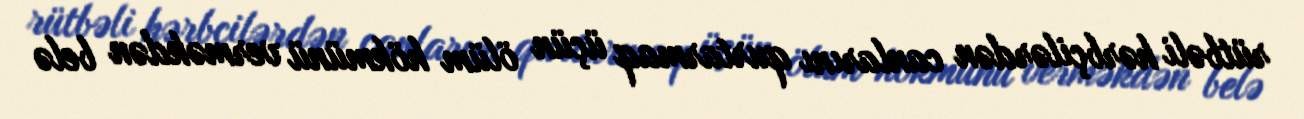
rütbəli hərbçilərdən canlarını qurtarmaq üçün ölüm hökmünü verməkdən belə